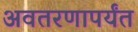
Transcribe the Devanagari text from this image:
अवतरणापर्यंत